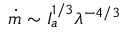
\dot { m } \sim I _ { a } ^ { 1 / 3 } { \lambda ^ { - 4 / 3 } }